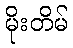
မိုးတိမ်